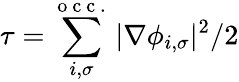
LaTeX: \tau=\sum_{i,\sigma}^{\mathrm{~o~c~c~.~}}|\nabla\phi_{i,\sigma}|^{2}/2